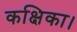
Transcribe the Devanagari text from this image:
कक्षिका।